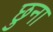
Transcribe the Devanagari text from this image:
छुना